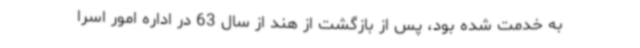
به خدمت شده بود، پس از بازگشت از هند از سال 63 در اداره امور اسرا